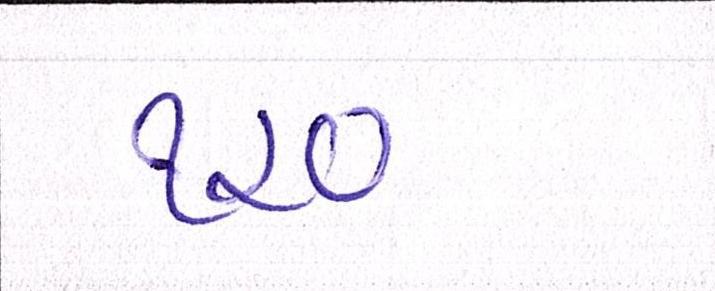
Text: ૧૨૦